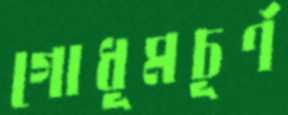
গোধূমচূর্ণ